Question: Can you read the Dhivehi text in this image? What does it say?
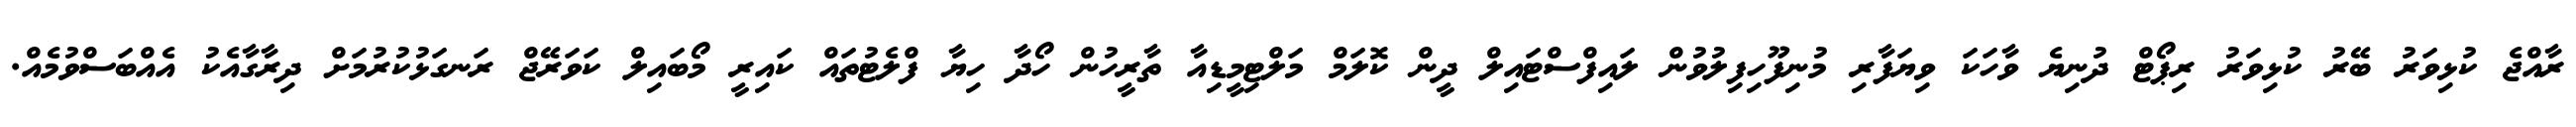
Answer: ރާއްޖެ ކުޅިވަރު ބޭރު ކުޅިވަރު ރިޕޯޓް ދުނިޔެ ވާހަކަ ވިޔަފާރި މުނިފޫހިފިލުވުން ލައިފްސްޓައިލް ދީން ކޮލަމް މަލްޓިމީޑިއާ ތާރީހުން ހޯދާ ހިޔާ ފްލެޓުތައް ކައިރީ މޯބައިލް ކަވަރޭޖް ރަނގަޅުކުރުމަށް ދިރާގާއެކު އެއްބަސްވުމެއް.